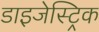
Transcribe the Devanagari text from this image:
डाइजेस्ट्रिक